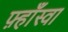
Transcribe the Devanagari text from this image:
फ़्हाँस्वा